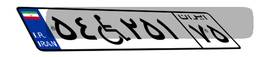
۰۰W۲۸۳۳۴